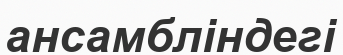
ансамбліндегі